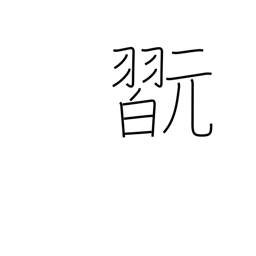
Meaning: play instrument